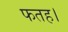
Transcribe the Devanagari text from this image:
फतह।